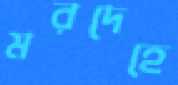
মরদেহে